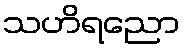
သဟိရညော